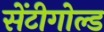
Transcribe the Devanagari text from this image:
सेंटीगोल्ड